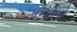
મનાતો